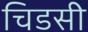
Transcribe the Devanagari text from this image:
चिडसी